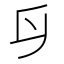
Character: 𠂑